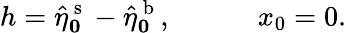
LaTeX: h=\hat{\eta}_{\boldsymbol 0}^{\mathrm{~s~}}-\hat{\eta}_{\boldsymbol 0}^{\mathrm{~b~}},\qquad\quad x_{0}=0.